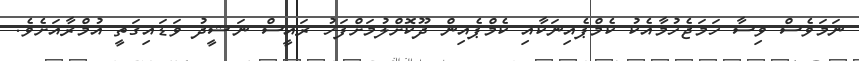
ނަމަވެސް ވިސާ ހަމަޖެހުމާއެކު ކެމްޕެއިނަކާއި ކެމްޕެއިން ދޫކޮށްލުމަށްފަހު ރައީސް ނަޝީދު ވަޑައިގަތީ އުމްރާއަށެވެ.